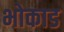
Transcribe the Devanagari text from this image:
भोकाड